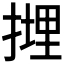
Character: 𢲪